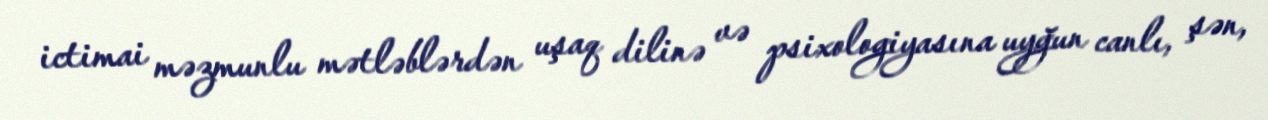
ictimai məzmunlu mətləblərdən uşaq dilinə və psixologiyasına uyğun canlı, şən,